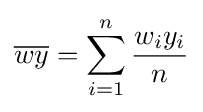
{\overline {wy}}=\sum _{i=1}^{n}{\frac {w_{i}y_{i}}{n}}